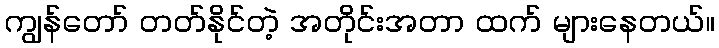
ကျွန်တော် တတ်နိုင်တဲ့ အတိုင်းအတာ ထက် များနေတယ်။